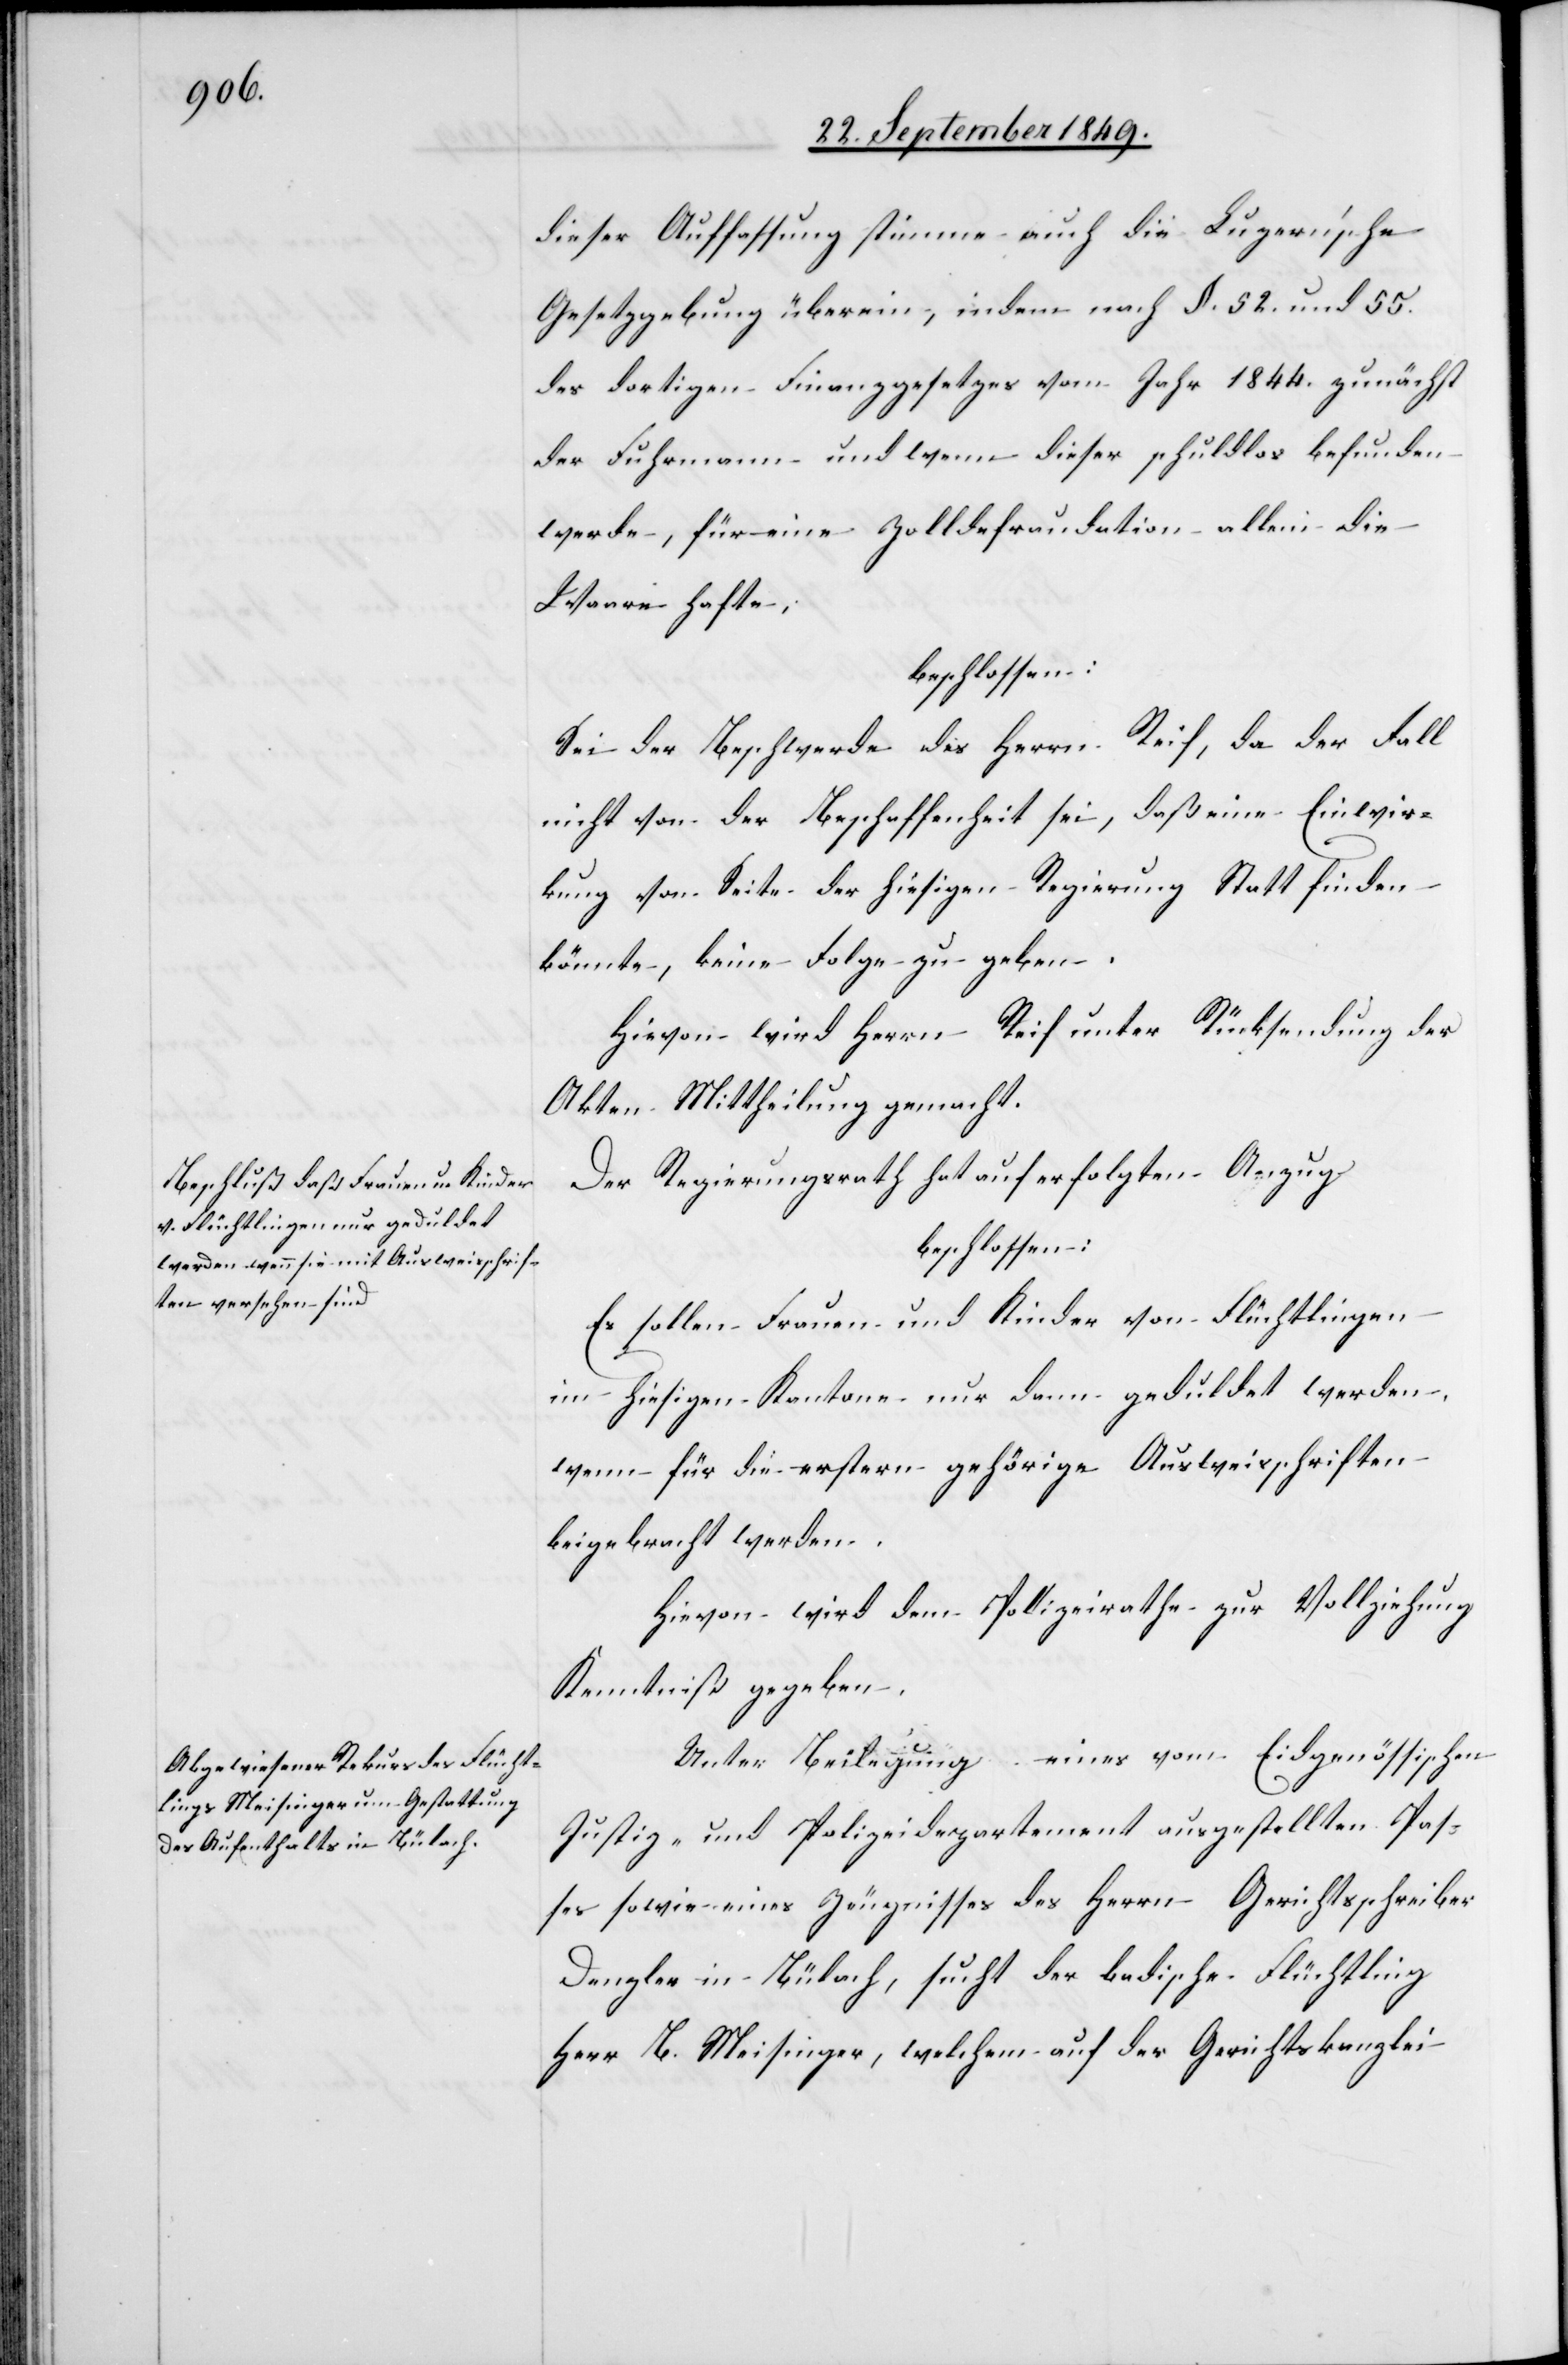
dieser Auffassung stimme auch die Luzernische
Gesetzgebung überein, indem nach §. 52. und 55.
des dortigen Finanzgesetzes vom Jahr 1844. zunächst
der Fuhrmann und wenn dieser schuldlos befunden
werde, für eine Zolldefraudation allein die
Waare hafte;
beschlossen:
Sei der Beschwerde des Herrn Reif, da der Fall
nicht von der Beschaffenheit sei, daß eine Einwir¬
kung von Seite der hiesigen Regierung Statt finden
könnte, keine Folge zu geben.
Hievon wird Herrn Reif unter Rücksendung der
Akten Mittheilung gemacht.
Der Regierungsrath hat auf erfolgten Anzug
beschlossen:
Es sollen Frauen und Kinder von Flüchtlingen
im hiesigen Kantone nur dann geduldet werden,
wenn für die erstern gehörige Ausweisschriften
beigebracht werden.
Hievon wird dem Polizeirathe zur Vollziehung
Kenntniß gegeben.
Unter Beilegung eines vom Eidgenössischen
Justiz- und Polizeidepartement ausgestellten Pas¬
ses sowie eines Zeugnisses des Herrn Gerichtsschreiber
Denzler in Bülach, sucht der badische Flüchtling
Herr B. Meisinger, welchem auf der Gerichtskanzlei